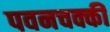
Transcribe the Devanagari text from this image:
पवनचक्कीं